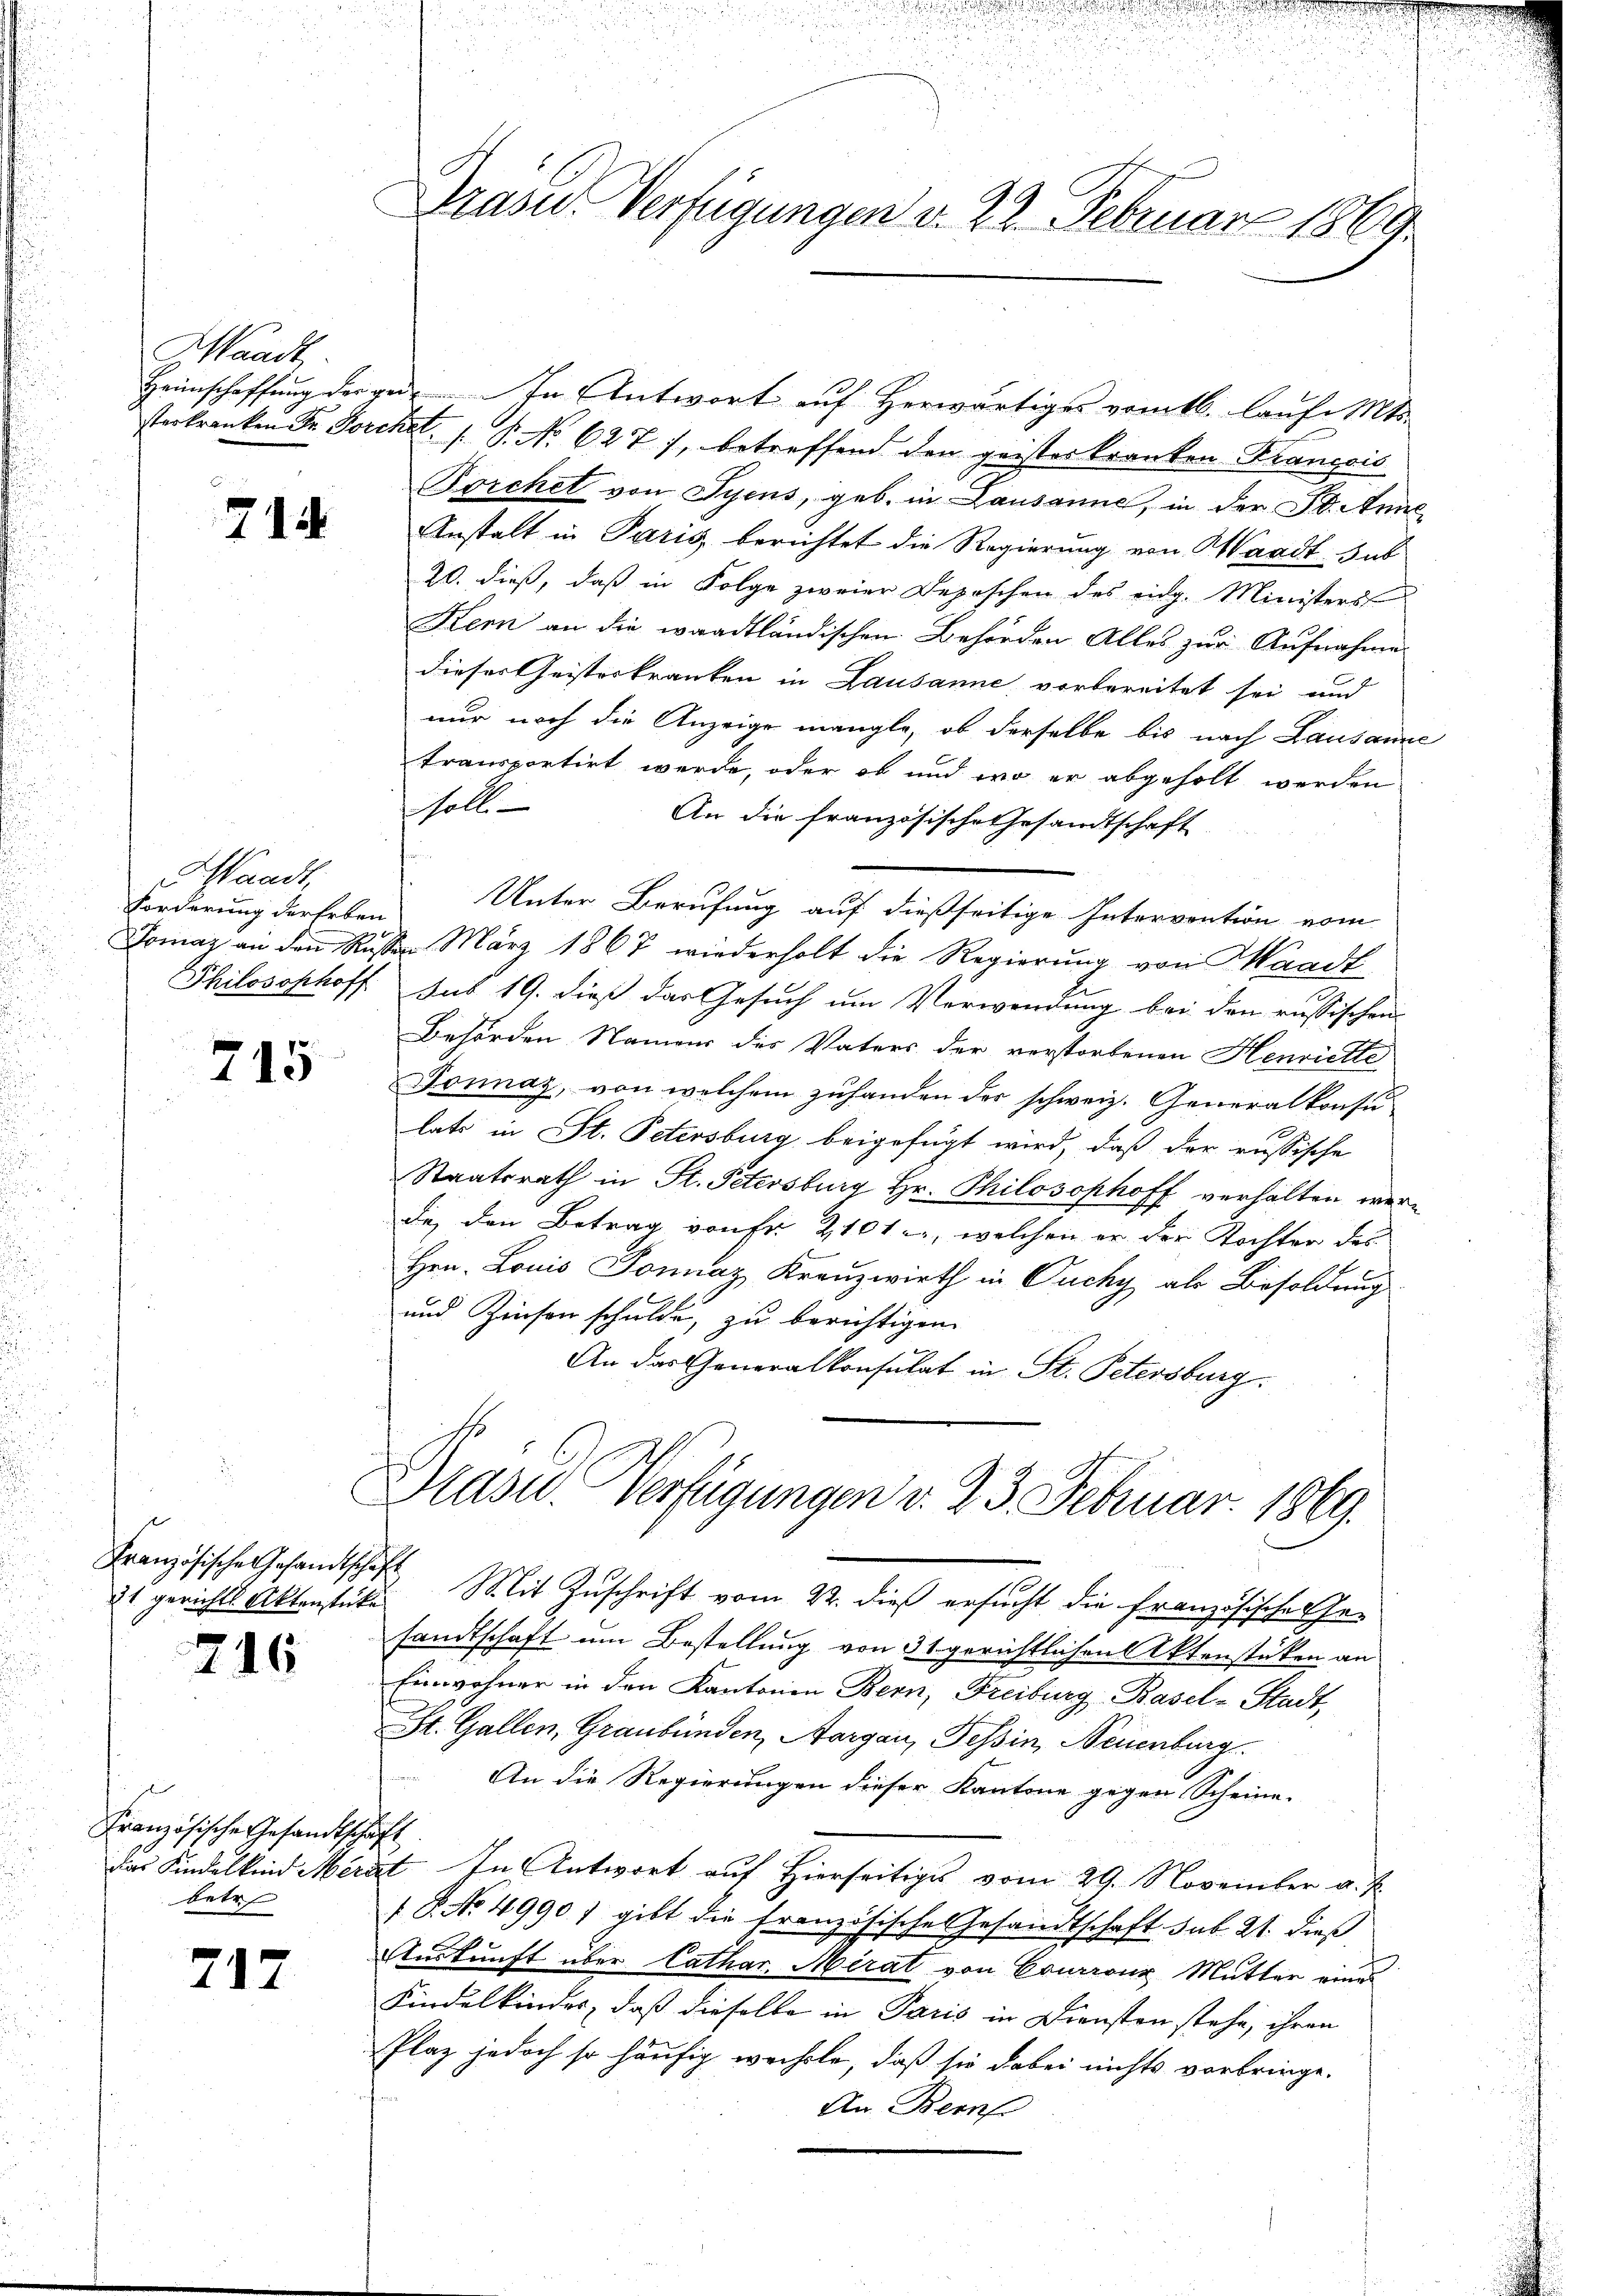
Waadt

714

Waadt.
Forderung der Erben

715

21 gerichts Aktenstücke

216

Französische Gesandtschäft
betr

712

Heimschaffung der ge. In Antwort auf Herwärtiges vom 16. laufe Mts.
sterkranken Dr. Forchel, 1 S. No 627), betreffend den geisterkranken Krançois
Porchet von Syens, geb. in Lausanne, in der St. Anne
Anstalt in Parig berichtet die Regierung von Waadt sub
20. dieß, daß in Folge zweier Depeschen des eidg. Ministers
Kern an die waadtländischen Behörden Alles zur Aufnahme
dieser Geisterkranken in Lausanne vorbereitet sei und
nur noch die Anzeige mangle, ob derselbe bis nach Lausanne
transportirt werde, oder ob und wo er abgeholt werden
soll.
An die französische Gesandtschaft
Unter Berufung auf dießseitige Intervention vom
Gomaz an den Russer März 1867 wiederholt die Regierung von Mann
Philosophoff aus 19. dieß das Gesuch um Verwendung bei den russischen
Behörden Namens des Vaters der verstorbenen Henriette
Jonnaz, von welchem zuhanden des schweiz. Generalkonsu
lats in St. Petersburg beigefügt wird, daß der russische
Staatsrath in St. Petersburg Hr. Philosophoff verhälten werde, den Betrag von Fr. 2101, welchen er der Tochter des
Hrn. Louis Sonnaz, Kranzwirth in Ouchy als Besoldung
und Zinsen schulde, zu berichtigen.
An das Generalkonsulat in St. Petersburg.

Französische Gesandtschaft Mit Zuschrift vom 22. dieß ersucht die Französischen Gesandtschaft um Bestellung von 31 gerichtlichen Aktenstücken an
Einwohner in den Kantonen Bern, Freiburg-Basel-Stadt,
St. Gallen, Graubünden, Aargau, Tessin, Neuenburg
An die Regierungen dieser Kantone gegen Scheine.
das Kindelkind Merat. In Antwort auf Hierseitiges vom 29. November a. p.
18. No. 4990) gibt die französische Gesandtschaft sub. 21. dieß
Auskunft über Cathar. Mirat von Courron Mutter eine
Kindelkinder, daß dieselbe in Paris in Diensten stehe, ihren
Plaz jedoch so häufig wechste, daß sie dabei nichts vorbringe.
An Bern

Draser Verfügungen d. 22. Februar 1869.

Prase Verfügungen v. 23. Februar 1869.

u